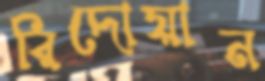
রিদোয়ান